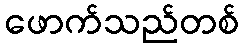
ဖောက်သည်တစ်